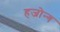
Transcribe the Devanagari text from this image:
हजोन्ग